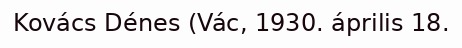
Kovács Dénes (Vác, 1930. április 18.